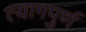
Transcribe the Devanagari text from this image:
त्यागपुर्ण